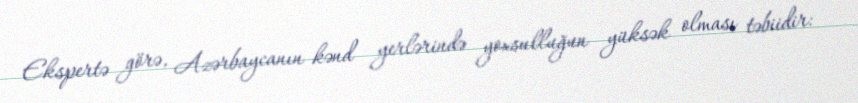
Ekspertə görə, Azərbaycanın kənd yerlərində yoxsulluğun yüksək olması təbiidir: